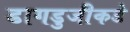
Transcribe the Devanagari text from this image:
डागडुजीकडे